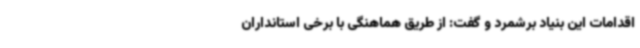
اقدامات این بنیاد برشمرد و گفت: از طریق هماهنگی با برخی استانداران